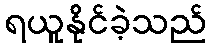
ရယူနိုင်ခဲ့သည်